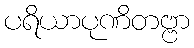
ပရိယာပုဏိတဗ္ဗာ